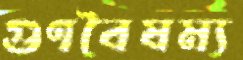
গুণবৈষম্য